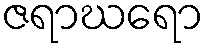
ဇရာဃရော